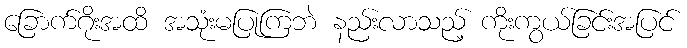
ခြောက်ဂိုးအထိ အသုံးမပြုကြဘဲ နည်းလာသည့် ကိုးကွယ်ခြင်းအပြင်